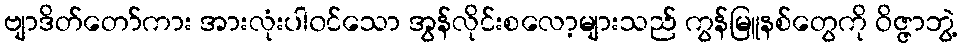
ဗျာဒိတ်တော်ကား အားလုံးပါ၀င်သော အွန်လိုင်းစလော့များသည် ကွန်မြူနစ်တွေကို ဝိဇ္ဇာဘွဲ့